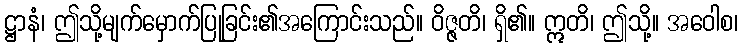
ဋ္ဌာနံ၊ ဤသို့မျက်မှောက်ပြုခြင်း၏အကြောင်းသည်။ ဝိဇ္ဇတိ၊ ရှိ၏။ ဣတိ၊ ဤသို့။ အဝေါစ၊